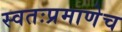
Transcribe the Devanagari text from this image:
स्वतःप्रमाणेच